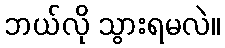
ဘယ်လို သွားရမလဲ။